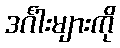
ဒင်္ဂါးများကို